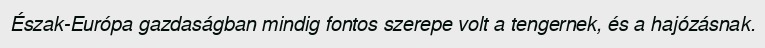
Észak-Európa gazdaságban mindig fontos szerepe volt a tengernek, és a hajózásnak.